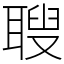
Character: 䏂